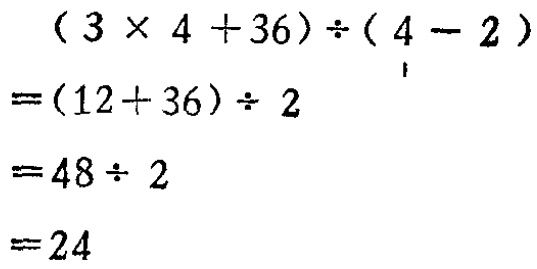
\[

\begin{align*}

&(3\times4 + 36)\div(4 - 2)\\

=&(12 + 36)\div2\\

=&48\div2\\

=&24

\end{align*}

\]